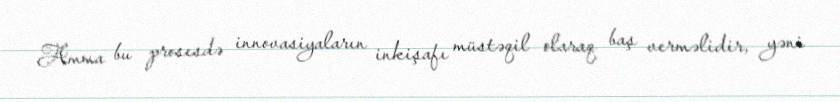
Amma bu prosesdə innovasiyaların inkişafı müstəqil olaraq baş verməlidir, yəni